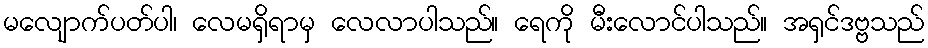
မလျောက်ပတ်ပါ၊ လေမရှိရာမှ လေလာပါသည်။ ရေကို မီးလောင်ပါသည်။ အရှင်ဒဗ္ဗသည်